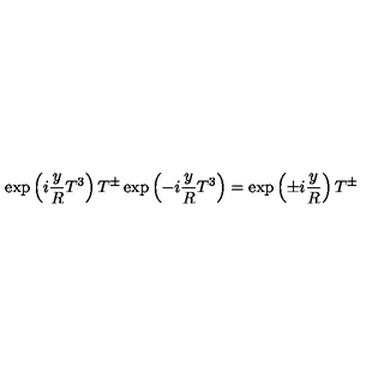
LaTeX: \exp \left( i \frac { y } { R } T ^ { 3 } \right) T ^ { \pm } \exp \left( - i \frac { y } { R } T ^ { 3 } \right) = \exp \left( \pm i \frac { y } { R } \right) T ^ { \pm }